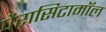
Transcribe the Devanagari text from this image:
पैरासिटामॉल